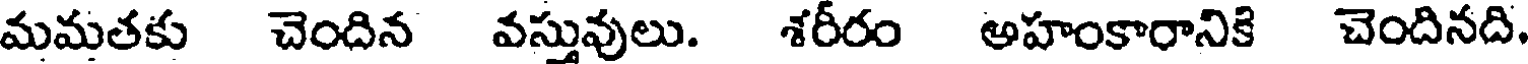
మమతకు చెందిన వస్తువులు. శరీరం అహంకారానికి చెందినది